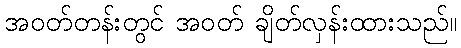
အဝတ်တန်းတွင် အဝတ် ချိတ်လှန်းထားသည်။